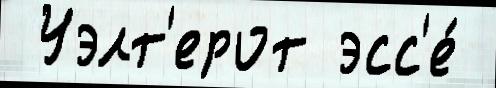
 Уэлт'ерот эсс'е́